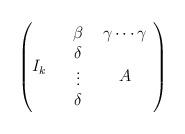
LaTeX: \begin{align*}\begin{pmatrix}I_k & \begin{array}{cc}\beta & \gamma\cdots\gamma\\ \begin{array}{c}\delta\\\vdots\\\delta\end{array} & A\end{array}\end{pmatrix}\end{align*}